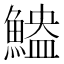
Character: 𫙬